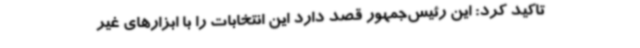
تاکید کرد: این رئیس‌جمهور قصد دارد این انتخابات را با ابزارهای غیر